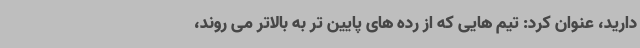
دارید، عنوان کرد: تیم هایی که از رده های پایین تر به بالاتر می روند،